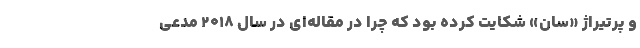
و پرتیراژ «سان» شکایت کرده بود که چرا در مقاله‌ای در سال ۲۰۱۸ مدعی